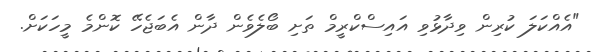
"އެއްކަލަ ކުރިން ވިދާޅުވި އައިސްކްރީމް ތަށި ބޯލެވެން ދާން އެބަޖެހޭ ކޮންމެ މީހަކަށް.